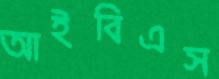
আইবিএস